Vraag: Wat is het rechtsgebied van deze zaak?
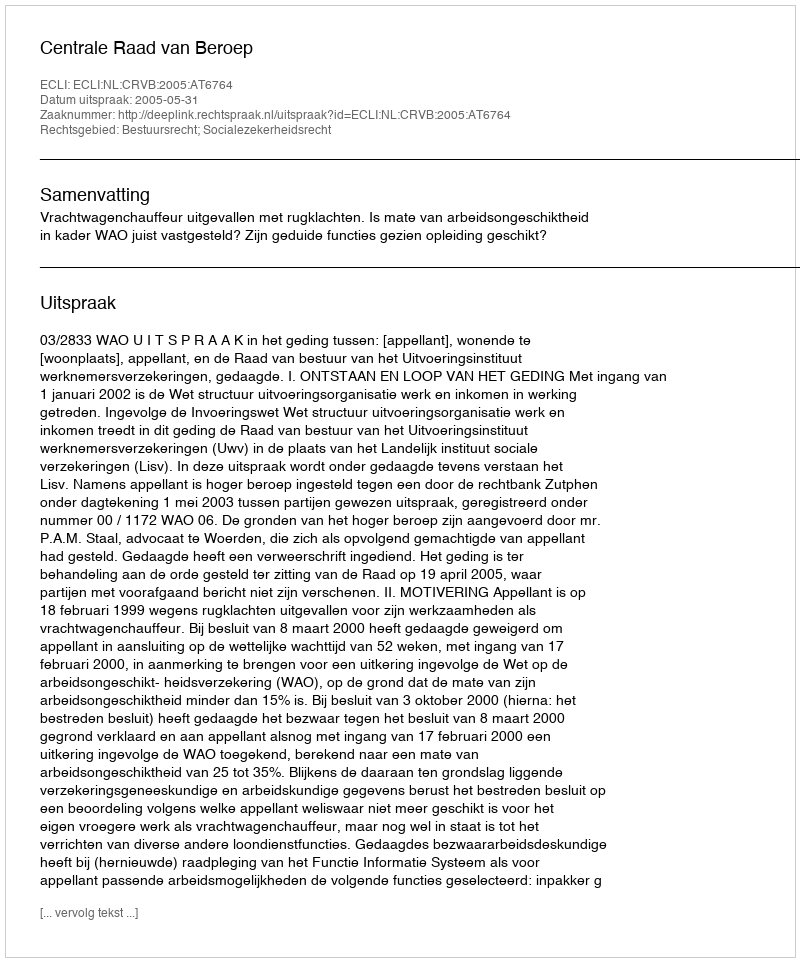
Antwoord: Bestuursrecht; Socialezekerheidsrecht